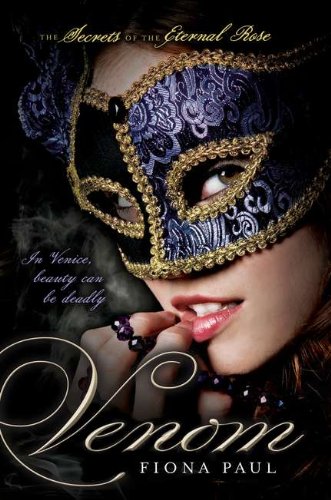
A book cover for Venom (Secrets of the Eternal Rose); Fiona Paul; Teen & Young Adult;